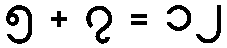
၅ + ၇ = ၁၂